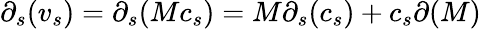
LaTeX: \partial_{s}(v_{s})=\partial_{s}(Mc_{s})=M\partial_{s}(c_{s})+c_{s}\partial(M)